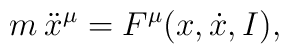
m \: \ddot x^\mu = F^\mu (x,\dot x,I),